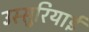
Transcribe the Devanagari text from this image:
उस्सुरियाई